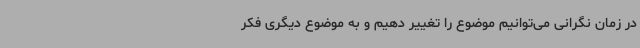
در زمان نگرانی می‌توانیم موضوع را تغییر دهیم و به موضوع دیگری فکر